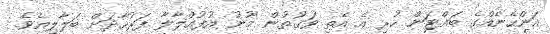
އަންހެނެއްގެ ބައްޓަން ހުރި އެ އެތި ވަގުތުން މޫނު އުފުއްލާލާ ފަރުހާދަށް ބަލާލިއެވެ.